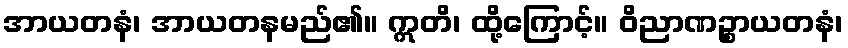
အာယတနံ၊ အာယတနမည်၏။ ဣတိ၊ ထို့ကြောင့်။ ဝိညာဏဉ္စာယတနံ၊